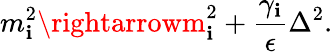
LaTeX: m_{\mathbf{i}}^{2}\rightarrowm_{\mathbf{i}}^{2}+\frac{{\gamma_{\mathbf{i}}}}{{\epsilon}}\Delta^{2}.